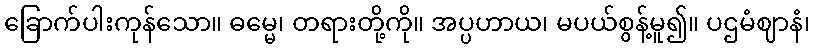
ခြောက်ပါးကုန်သော။ ဓမ္မေ၊ တရားတို့ကို။ အပ္ပဟာယ၊ မပယ်စွန့်မူ၍။ ပဌမံဈာနံ၊